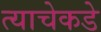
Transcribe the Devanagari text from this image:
त्याचेकडे